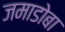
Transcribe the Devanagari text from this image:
जमाडोबा